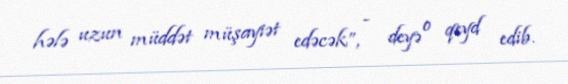
hələ uzun müddət müşayiət edəcək”, - deyə o qeyd edib.